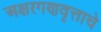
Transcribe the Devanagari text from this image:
अक्षरगणवृत्ताचे